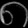
Digit: ၈